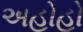
અહોહો